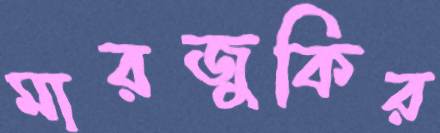
মারজুকির